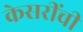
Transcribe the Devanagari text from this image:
केसरींची